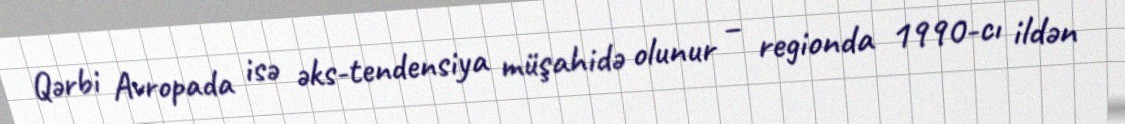
Qərbi Avropada isə əks-tendensiya müşahidə olunur – regionda 1990-cı ildən